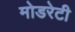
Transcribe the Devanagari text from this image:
मोडरेटी